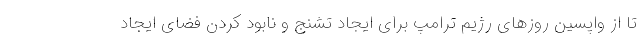
تا از واپسین روزهای رژیم ترامپ برای ایجاد تشنج و نابود کردن فضای ایجاد